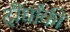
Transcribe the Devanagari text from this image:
दीर्घांकी